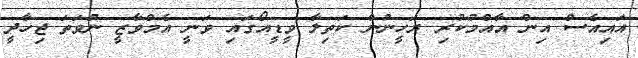
އައިއެސް އިން އާއްމުކުރި ރަހީނުން ކަތިލާ ވީޑީއޯގައި ވަނީ އެމްވާޒީ ނުވަތަ ޖިހާދީ